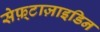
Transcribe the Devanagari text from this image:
सेफ़्टाज़ाइडिन